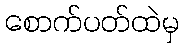
စောက်ပတ်ထဲမှ